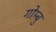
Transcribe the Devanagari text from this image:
गोम्बु